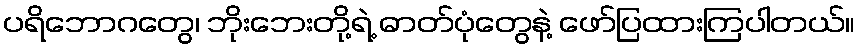
ပရိဘောဂတွေ၊ ဘိုးဘေးတို့ရဲ့ ဓာတ်ပုံတွေနဲ့ ဖော်ပြထားကြပါတယ်။